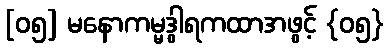
[၀၅] မနောကမ္မဒွါရကထာအဖွင့် {၀၅}